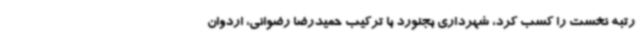
رتبه نخست را کسب کرد، شهرداری بجنورد با ترکیب حمیدرضا رضوانی، اردوان